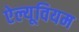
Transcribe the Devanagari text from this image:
ऐल्यूवियम